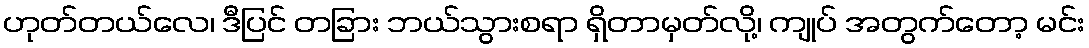
ဟုတ်တယ်လေ၊ ဒီပြင် တခြား ဘယ်သွားစရာ ရှိတာမှတ်လို့၊ ကျုပ် အတွက်တော့ မင်း